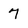
Character: 7